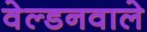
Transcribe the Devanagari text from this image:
वेल्डनवाले